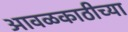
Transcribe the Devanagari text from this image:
आवळकाठीच्या